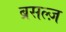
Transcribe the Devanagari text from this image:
ब्रसल्ज़